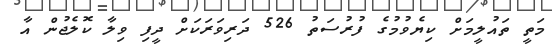
މަތީ ތައުލީމަށް ކިޔެވުމުގެ ފުރުސަތު 526 ދަރިވަރަކަށް ދީފި ވިލާ ކޮލެޖުން އާ